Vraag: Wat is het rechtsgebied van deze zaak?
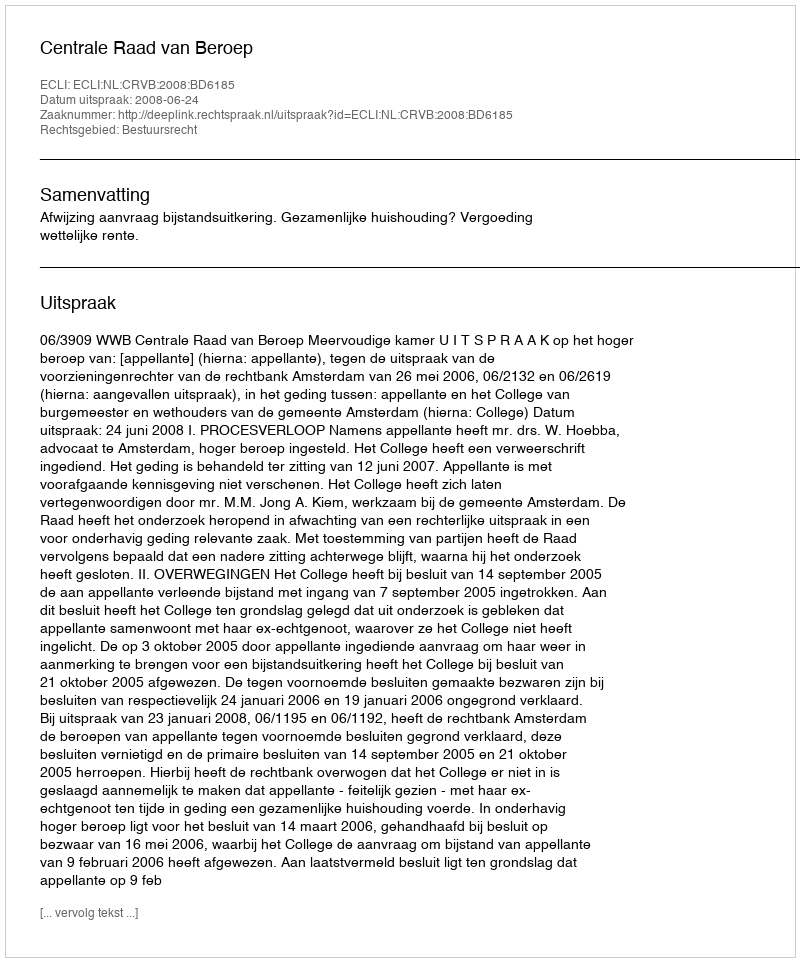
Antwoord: Bestuursrecht